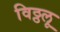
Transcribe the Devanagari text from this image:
विठ्ठलू